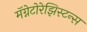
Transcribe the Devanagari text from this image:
मॅग्नेटोरेझिस्टन्स